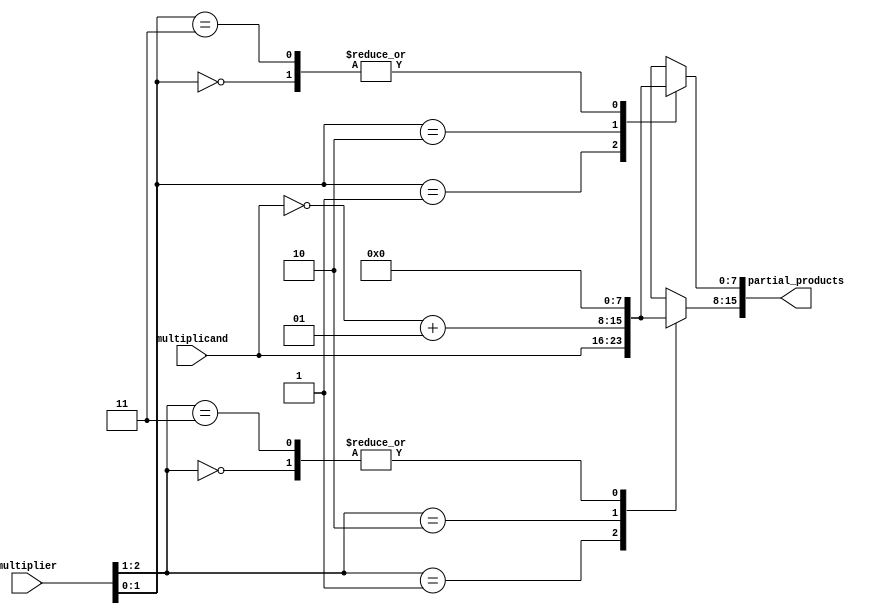
module booth_encoder (
    input signed [N-1:0] multiplicand,
    input signed [N-1:0] multiplier,
    output reg [2*N-1:0] partial_products
);
    parameter N = 8; // Bit-width of the inputs
    reg [N:0] multiplier_ext; // Extended multiplier for Booth encoding
    integer i;

    always @(*) begin
        multiplier_ext = {1'b0, multiplier}; // Extend multiplier with an extra bit
        partial_products = 0;

        for (i = 0; i < N; i = i + 1) begin
            case (multiplier_ext[i+1:i])
                2'b00: partial_products[N*i +: N] = 0; // Do nothing
                2'b01: partial_products[N*i +: N] = multiplicand; // Add multiplicand
                2'b10: partial_products[N*i +: N] = ~multiplicand + 1; // Subtract multiplicand
                2'b11: partial_products[N*i +: N] = 0; // Do nothing
            endcase
        end
    end
endmodule